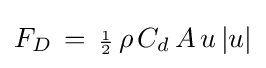
F_{D}\,=\,{\scriptstyle {\frac {1}{2}}}\,\rho \,C_{d}\,A\,u\,|u|